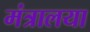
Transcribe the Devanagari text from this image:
मंत्रालया